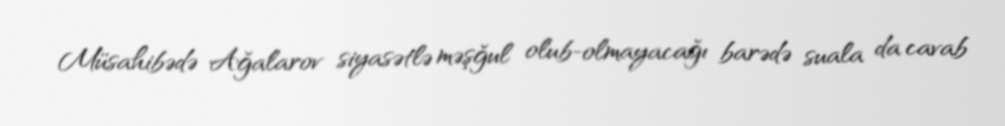
Müsahibədə Ağalarov siyasətlə məşğul olub-olmayacağı barədə suala da cavab